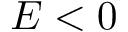
E < 0